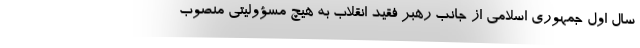
سال اول جمهوری اسلامی از جانب رهبر فقید انقلاب به هیچ مسؤولیتی منصوب